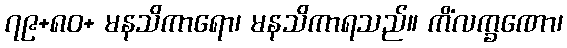
၇၉+၈၀+ မနသိကာရော၊ မနသိကာရသည်။ ကိံလက္ခဏော၊